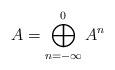
LaTeX: \begin{align*}A = \bigoplus_{n=-\infty}^0 A^n\end{align*}